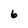
Character: 6